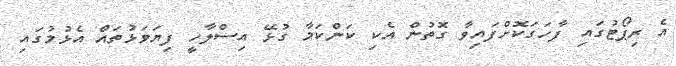
އެ ރިޕޯޓުގައި ފާހަގަކޮށްފައިވާ ގޮތުން އެކި ކަންކަމާ ގުޅޭ އިސްލާހީ ފިޔަވަޅުތައް އެޅުމުގައި